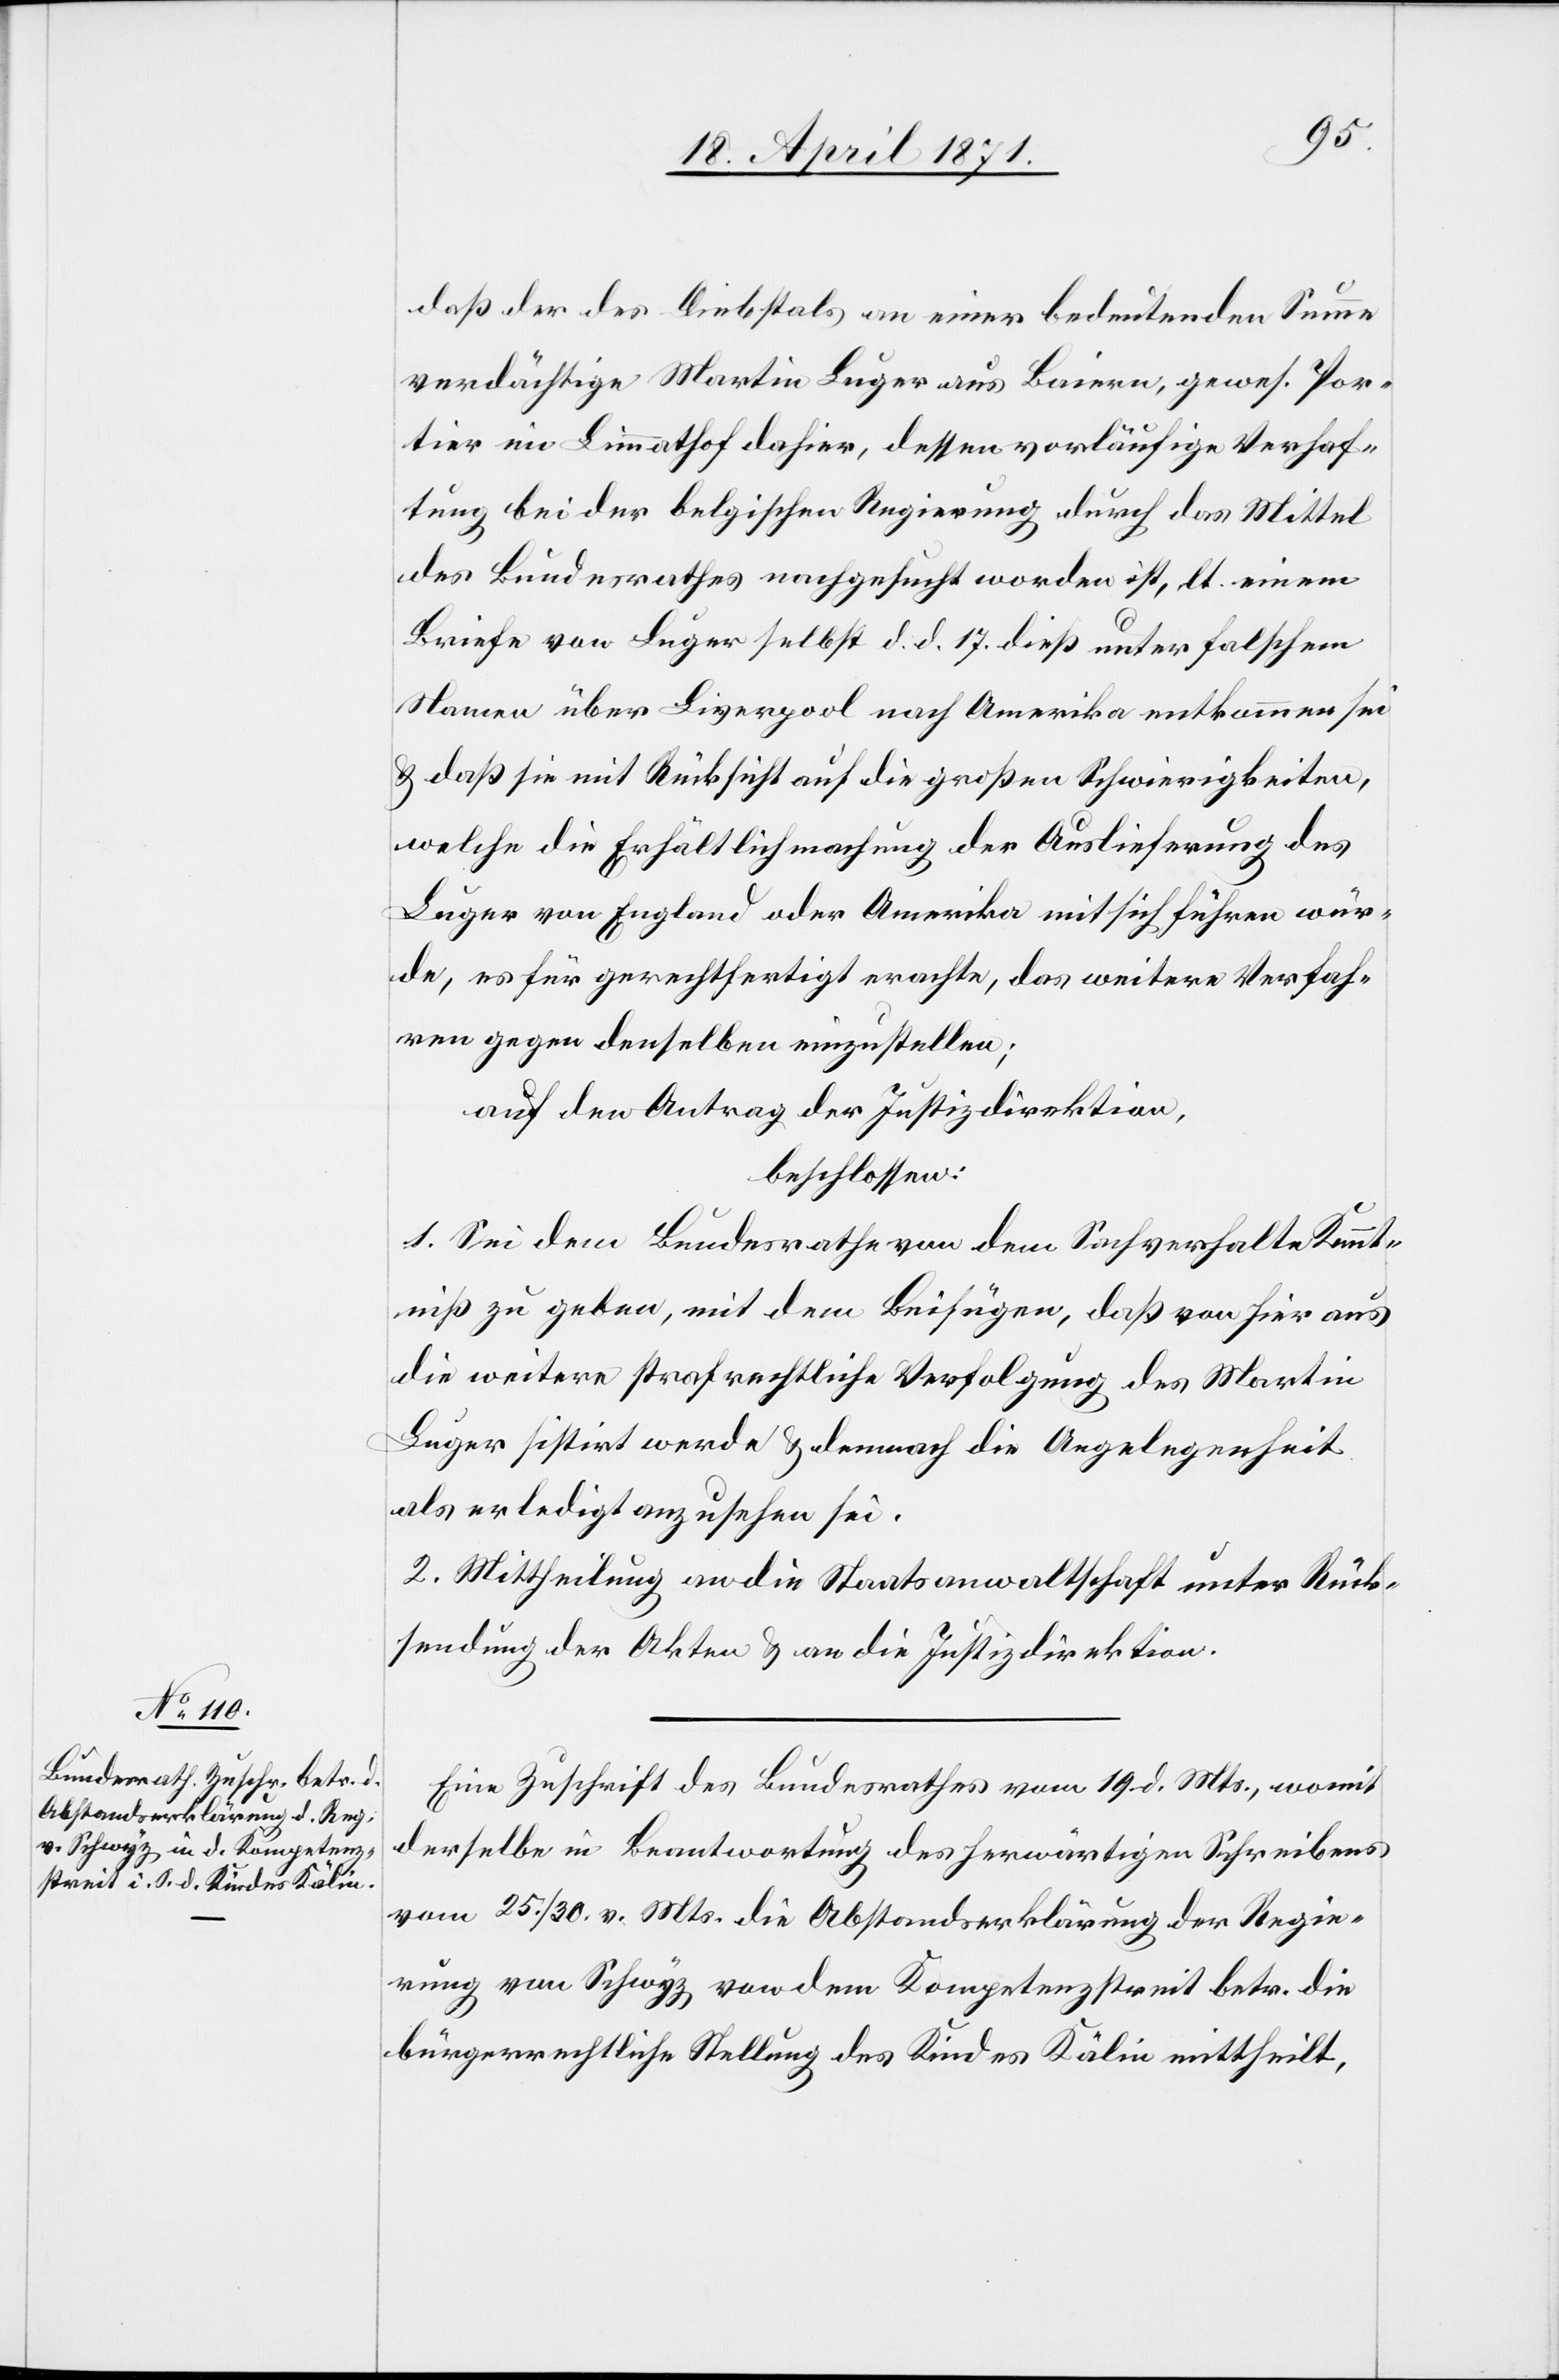
21. April 1871.]
daß der des Diebstals an einer bedeutenden Summe
verdächtige Martin Luger aus Baiern, gewes. Por¬
tier im Limmathof dahier, dessen vorläufige Verhaf¬
tung bei der belgischen Regierung durch das Mittel
des Bundesrathes nachgesucht worden ist, lt. einem
Briefe von Luger selbst d. d. 17. dieß unter falschem
Namen über Liverpool nach Amerika entkommen sei
u. daß sie mit Rücksicht auf die großen Schwierigkeiten,
welche die Erhältlichmachung der Auslieferung des
Luger von England oder Amerika mit sich führen wür¬
de, es für gerechtfertigt erachte, das weitere Verfah¬
ren gegen denselben einzustellen;
auf den Antrag der Justizdirektion,
beschlossen:
1. Sei dem Bundesrathe von dem Sachverhalte Kennt¬
niß zu geben, mit dem Beifügen, daß von hier aus
die weitere strafrechtliche Verfolgung des Martin
Luger sistirt werde u. demnach die Angelegenheit
als erledigt anzusehen sei.
2. Mittheilung an die Staatsanwaltschaft unter Rück¬
sendung der Akten u. an die Justizdirektion.
Eine Zuschrift des Bundesrathes vom 19. d. Mts., womit
derselbe in Beantwortung des herwärtigen Schreibens
vom 25./30. v. Mts. die Abstandserklärung der Regie¬
rung von Schwyz von dem Kompetenzstreit betr. die
bürgerrechtliche Stellung des Kindes Kälin mittheilt,